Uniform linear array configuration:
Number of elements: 8
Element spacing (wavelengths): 0.75
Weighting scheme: hamming
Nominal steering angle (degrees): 45
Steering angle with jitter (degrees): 44.498
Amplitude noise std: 0.05
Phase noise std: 0.05

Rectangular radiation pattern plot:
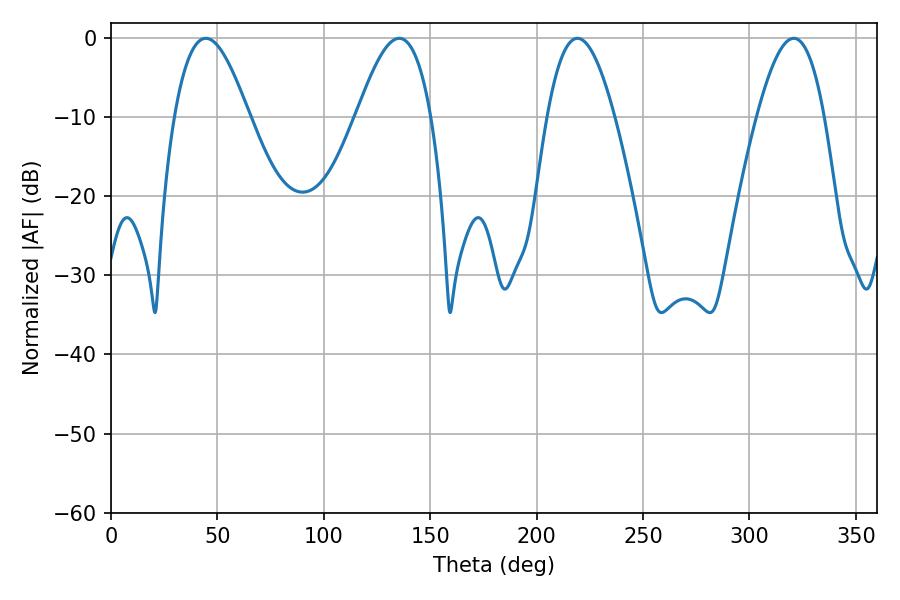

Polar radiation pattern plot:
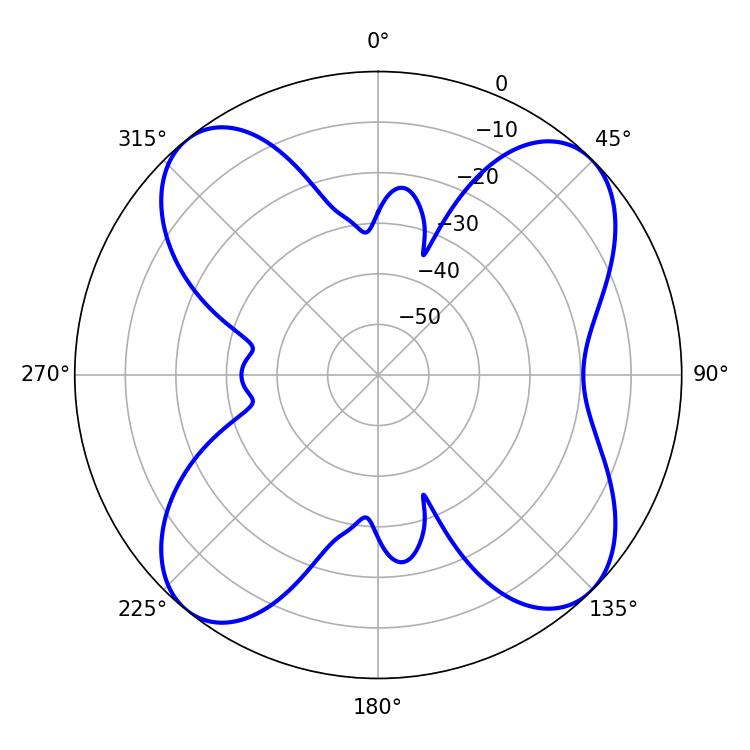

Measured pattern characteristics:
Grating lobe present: TRUE
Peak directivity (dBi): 12.59
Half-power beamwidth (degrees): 17.28
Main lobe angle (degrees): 219.24